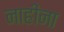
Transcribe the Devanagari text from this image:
नाहीना